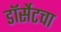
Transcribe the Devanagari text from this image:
डॉर्सेटचा